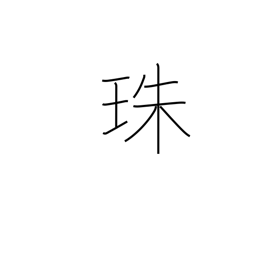
Meaning: pearl